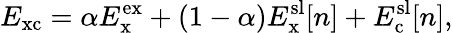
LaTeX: E_{\mathrm{xc}}=\alpha E_{\mathrm{x}}^{\mathrm{ex}}+(1-\alpha)E_{\mathrm{x}}^{\mathrm{sl}}[n]+E_{\mathrm{c}}^{\mathrm{sl}}[n],